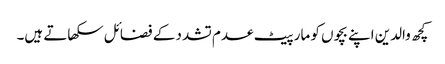
کچھ والدین اپنے بچوں کو مار پیٹ عدم تشدد کے فضائل سکھاتے ہیں۔